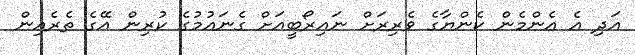
އަދި އެ އެންމެން ކެންޔާގެ ވެރިރަށް ނައިރޯބީއަށް ގެނައުމުގެ ކުރިން އޭގެ ތެރެއިން